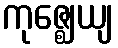
ကုဇ္ဈေယျ